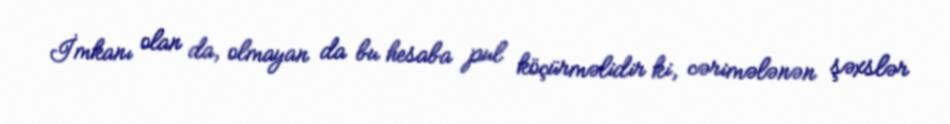
İmkanı olan da, olmayan da bu hesaba pul köçürməlidir ki, cərimələnən şəxslər